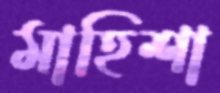
মাহিশা